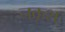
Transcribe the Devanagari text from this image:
नकूश